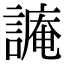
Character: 𧫥